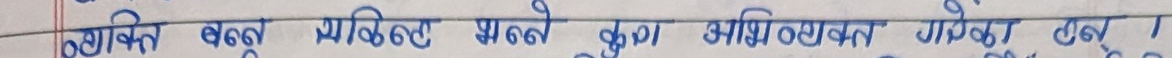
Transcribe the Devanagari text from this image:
व्यक्ति बन्ने चाहिएको कुल अभिव्यक्त गरिने छ